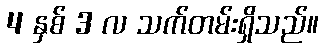
4 နှစ် 3 လ သက်တမ်းရှိသည်။